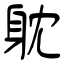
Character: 躭